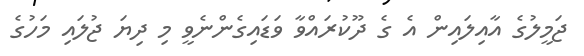
ޖަމީލުގެ އާއިލައިން އެ ގެ ދޫކުރައްވާ ވަޑައިގެންނެވީ މި ދިޔަ ޖުލައި މަހުގެ